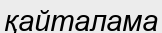
қайталама